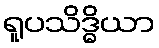
ရူပသိဒ္ဓိယာ